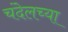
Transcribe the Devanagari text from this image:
चंदेलच्या